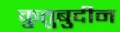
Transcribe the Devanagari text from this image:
कुतुबुदीन